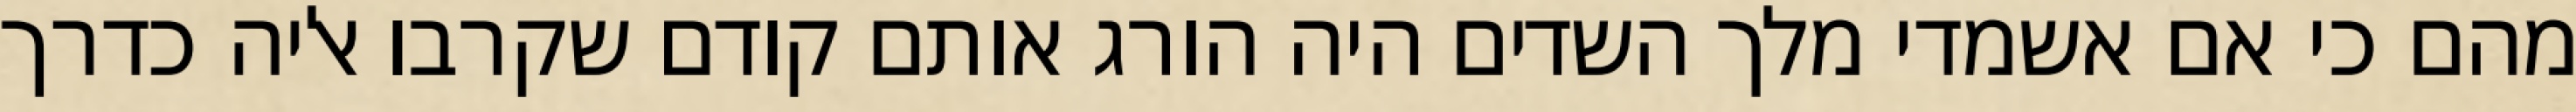
מהם כי אם אשמדי‏ מלך השדים היה הורג אותם קודם שקרבו אליה כדרך